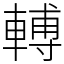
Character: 𨍭